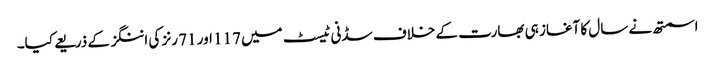
اسمتھ نے سال کا آغاز ہی بھارت کے خلاف سڈنی ٹیسٹ میں 117 اور 71 رنز کی اننگز کے ذریعے کیا۔